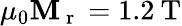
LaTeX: \mu_{0}\mathbf{M}_{\mathrm{{~r~}}}=1.2\: \mathrm{{T}}